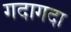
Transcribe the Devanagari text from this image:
गदागदा